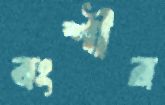
বংশীর